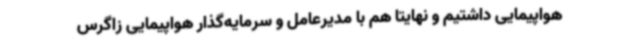
هواپیمایی داشتیم و نهایتا هم با مدیرعامل و سرمایه‌گذار هواپیمایی زاگرس